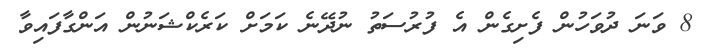
8 ވަނަ ދުވަހުން ފެށިގެން އެ ފުރުސަތު ނުދޭނެ ކަމަށް ކަރެކްޝަނުން އަންގާފައިވާ